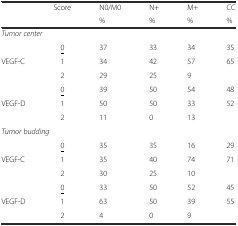
| <ROWSPAN=2>  | Score | N0/M0 | N+ | M+ | CC |
 |  | % | % | % | % |
 | --- | --- | --- | --- | --- | --- |
 | <COLSPAN=6> Tumor center |
 |  | <underline>0</underline> | 37 | 33 | 34 | 35 |
 | VEGF-C | 1 | 34 | 42 | 57 | <ROWSPAN=2> 65 |
 |  | 2 | 29 | 25 | 9 |
 |  | <underline>0</underline> | 39 | 50 | 54 | 48 |
 | VEGF-D | 1 | 50 | 50 | 33 | <ROWSPAN=2> 52 |
 |  | 2 | 11 | 0 | 13 |
 | <COLSPAN=6> Tumor budding |
 |  | <underline>0</underline> | 35 | 35 | 16 | 29 |
 | VEGF-C | 1 | 35 | 40 | 74 | <ROWSPAN=2> 71 |
 |  | 2 | 30 | 25 | 10 |
 |  | <underline>0</underline> | 33 | 50 | 52 | 45 |
 | VEGF-D | 1 | 63 | 50 | 39 | <ROWSPAN=2> 55 |
 |  | 2 | 4 | 0 | 9 |